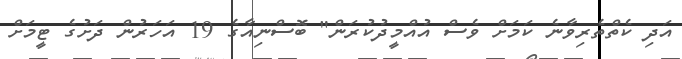
އަދި ކެތްތެރިވާނެ ކަމަށް ވެސް އުއްމީދުކުރަން" ބޮސްނިއާގެ 19 އަހަރުން ދަށުގެ ޓީމަށް